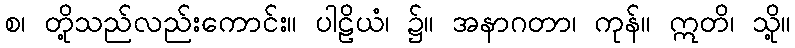
စ၊ တို့သည်လည်းကောင်း။ ပါဠိယံ၊ ၌။ အနာဂတာ၊ ကုန်။ ဣတိ၊ သို့။